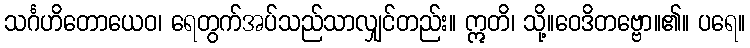
သင်္ဂဟိတောယေဝ၊ ရေတွက်အပ်သည်သာလျှင်တည်း။ ဣတိ၊ သို့။ဝေဒိတဗ္ဗော။၏။ ပရေ။